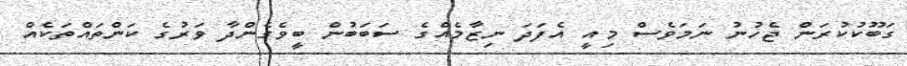
ގަބޫކުކުރަން ޖެހުނު ނަމަވެސް މިއީ އެފަދަ ނިޒާމެއްގެ ސަބަބުން ބީވެގެންދާ ވަރުގެ ކަންތައްތަކެއް